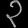
Digit: ၃